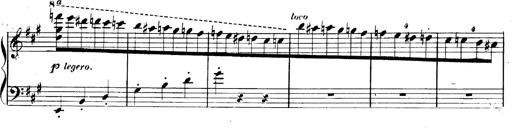
Title: 3 Caprices-Valses
Composer: Franz Liszt